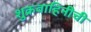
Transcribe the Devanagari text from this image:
शुक्रवाहिनीची